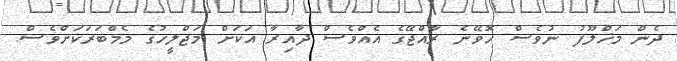
ދެން މަޚްލޫފު ނުވެސް ހޮވޭނެ ރާއްޖޭގެ އެއްވެސް ދާއިރާ އަކަށް މަޖްލީހުގެ މެމްބަރަކަށްވެސް.